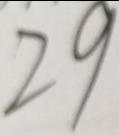
2 9